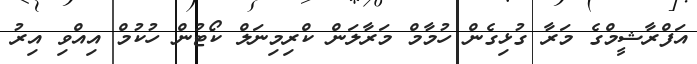
އަފްރާޝީމްގެ މަރާ ގުޅިގެން ހުމާމް މަރާލަން ކްރިމިނަލް ކޯޓުން ހުކުމް އިއްވި އިރު